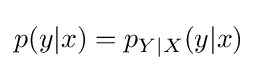
p(y|x)=p_{Y|X}(y|x)